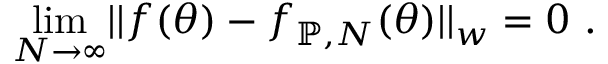
\operatorname* { l i m } _ { N \rightarrow \infty } \lvert \lvert f \mathopen { } \mathclose \bgroup \left( \theta \aftergroup \egroup \right) - f _ { \mathbb { P } , N } \mathopen { } \mathclose \bgroup \left( \theta \aftergroup \egroup \right) \rvert \rvert _ { w } = 0 ~ .